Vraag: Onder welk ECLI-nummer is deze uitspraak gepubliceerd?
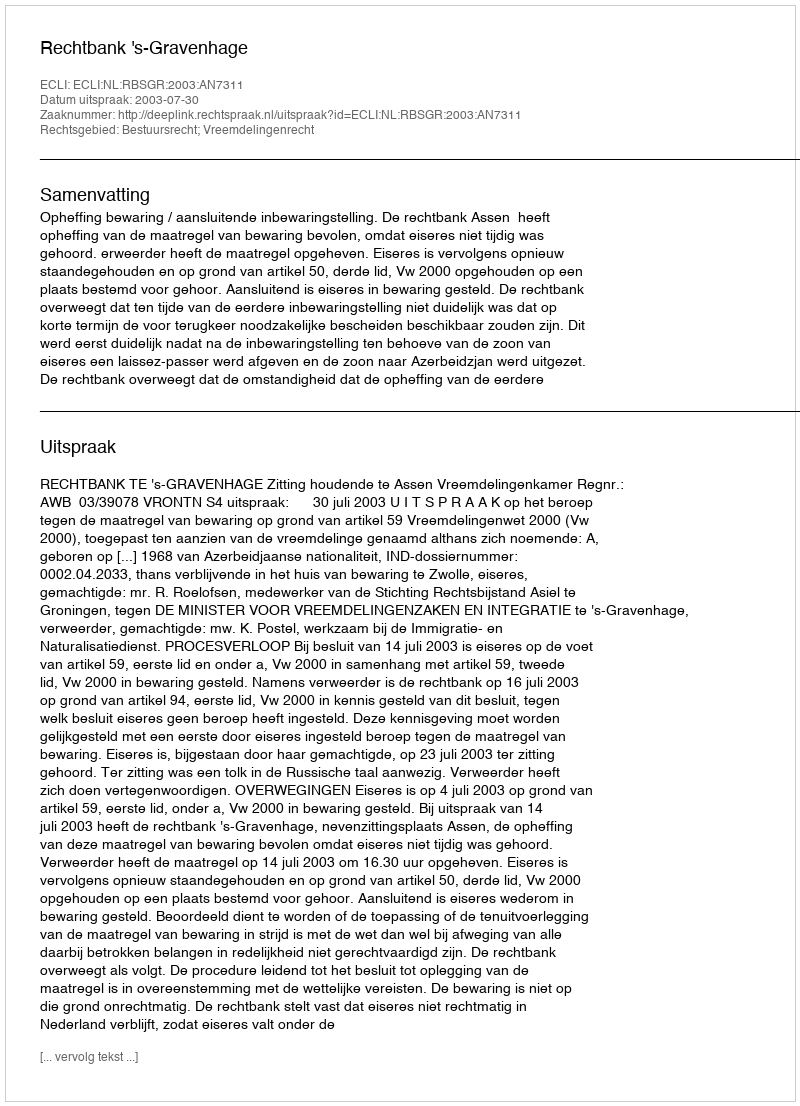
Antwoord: ECLI:NL:RBSGR:2003:AN7311